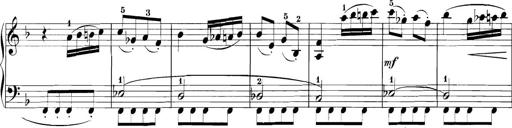
Title: 3 Sonatinas
Composer: Carl Reinecke